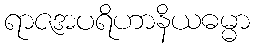
ရာဇအပရိဟာနိယဓမ္မာ